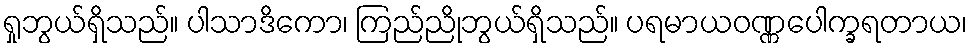
ရှုဘွယ်ရှိသည်။ ပါသာဒိကော၊ ကြည်ညိုဘွယ်ရှိသည်။ ပရမာယဝဏ္ဏပေါက္ခရတာယ၊